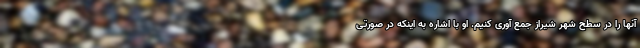
آنها را در سطح شهر شیراز جمع آوری کنیم. او با اشاره به اینکه در صورتی